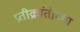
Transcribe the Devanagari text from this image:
प्रतीक्रांतीच्या